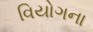
વિયોગના